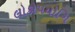
લોકોપયોગિ